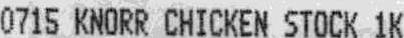
0715 KNORR CHICKEN STOCK 1K